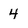
Character: 4